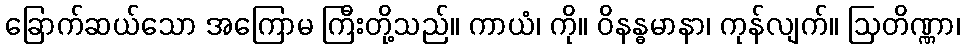
ခြောက်ဆယ်သော အကြောမ ကြီးတို့သည်။ ကာယံ၊ ကို။ ဝိနန္ဓမာနာ၊ ကုန်လျက်။ ဩတိဏ္ဏာ၊